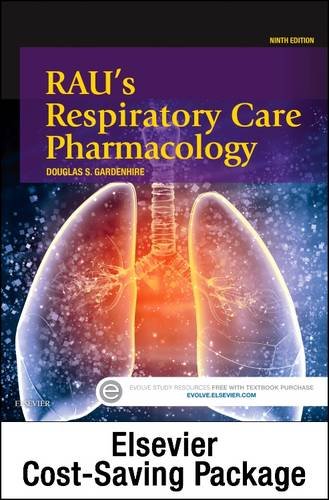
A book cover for Rau's Respiratory Care Pharmacology - Text and Workbook Package, 9e; Douglas S. Gardenhire EdD  RRT-NPS  FAARC; Medical Books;